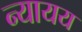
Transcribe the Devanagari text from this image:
न्यायय